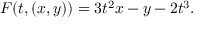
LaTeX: F ( t , ( x , y ) ) = 3 t ^ { 2 } x - y - 2 t ^ { 3 } .